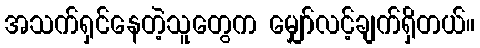
အသက်ရှင်နေတဲ့သူတွေက မျှော်လင့်ချက်ရှိတယ်။